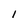
Character: 1